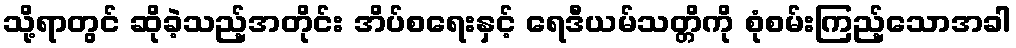
သို့ရာတွင် ဆိုခဲ့သည့်အတိုင်း အိပ်စရေးနှင့် ရေဒီယမ်သတ္တိကို စုံစမ်းကြည့်သောအခါ